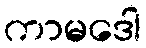
ကာမဒေါ